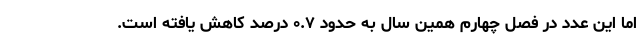
اما این عدد در فصل چهارم همین سال به حدود ۰.۷ درصد کاهش یافته است.